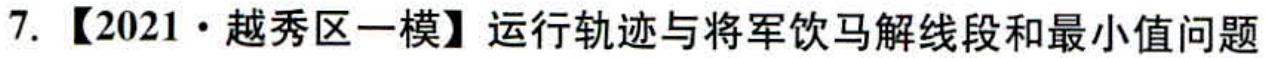
7. 【2021·越秀区一模】运行轨迹与将军饮马解线段和最小值问题